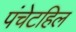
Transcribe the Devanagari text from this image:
पंचेटहिल